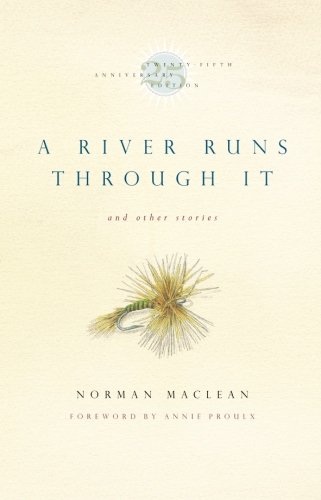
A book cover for A River Runs Through It and Other Stories, Twenty-fifth Anniversary Edition; Norman Maclean; Literature & Fiction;